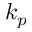
k _ { p }